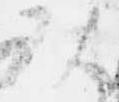
頭